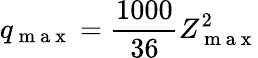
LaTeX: q_{\mathrm{~m~a~x~}}=\frac{1000}{36}Z_{\mathrm{~m~a~x~}}^{2}